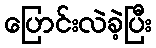
ပြောင်းလဲခဲ့ပြီး